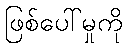
ဖြစ်ပေါ်မှုကို